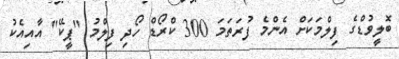
ބޮލީވުޑްގެ ފިލްމަކަށް އެންމެ ފުރަތަމަ 300 ކްރޯޑް ހޯދި ފިލްމު "ޕީކޭ" އާއިއެކު